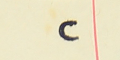
٢